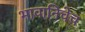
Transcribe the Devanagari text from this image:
भावानिचेच